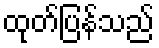
ထုတ်ပြန်သည်